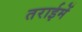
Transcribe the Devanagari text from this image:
तराईमें